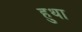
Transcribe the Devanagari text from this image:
हुथा